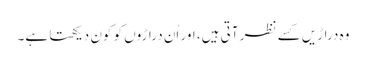
وہ دراڑیں کسے نظر آتی ہیں، اور اُن دراڑوں کو کون دیکھتا ہے۔